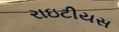
રાઇટીયસ